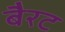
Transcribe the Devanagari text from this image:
बैरट